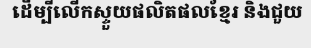
ដើម្បីលើកស្ទួយផលិតផលខ្មែរ និងជួយ